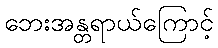
ဘေးအန္တရာယ်ကြောင့်